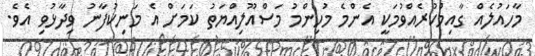
މާހައުލެއް ގާއިމްކުރެއްވުމަކީ އެންމެ މުހިންމު މަސްއޫލިއްޔަތު ކަމަށް އެ މަނިކުފާނު ވިދާޅުވި އެވެ.